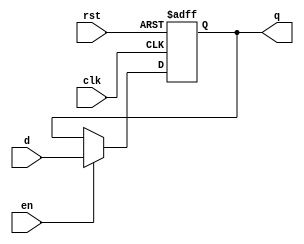
module d_flip_flop (
    input wire clk,       // Clock signal
    input wire rst,       // Asynchronous reset
    input wire en,        // Enable signal
    input wire d,         // Data input
    output reg q          // Data output
);

// Sequential logic using non-blocking assignments
always @(posedge clk or posedge rst) begin
    if (rst) begin
        q <= 1'b0;      // Reset output to 0
    end else if (en) begin
        q <= d;        // Update output with the input data
    end
end

endmodule